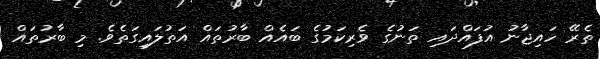
ތެރޭ ހައިޖާނު އުފައްދައި ތަނުގެ ވެރިކަމުގެ ބައެއް ބާރުތައް އަތުލައިގަތެވެ. މި ބާރުތައް